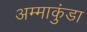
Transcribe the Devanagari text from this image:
अम्माकुंडा